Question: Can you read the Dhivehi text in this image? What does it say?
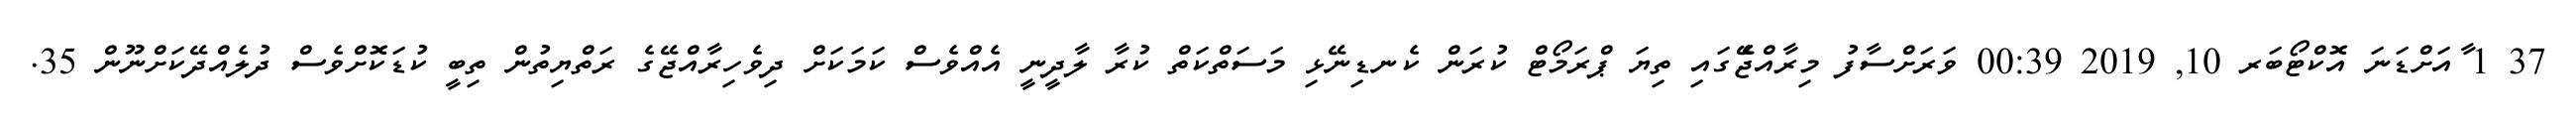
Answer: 37 1 ާއަށްޑަނަ އޮކްޓޯބަރ 10, 2019 00:39 ވަރަށްސާފު މިރާއްޖެެޭގައި ތިޔަ ޕްރަމޯޓް ކުރަން ކެނޑިނޭޅި މަސަތްކަތް ކުރާ ލާދީނީ އެއްވެސް ކަމަކަށް ދިވެހިރާއްޖޭގެ ރަތްޔިތުން ތިބީ ކުޑަކޮށްވެސް ދުލެއްދޭކަށްނޫން 35.